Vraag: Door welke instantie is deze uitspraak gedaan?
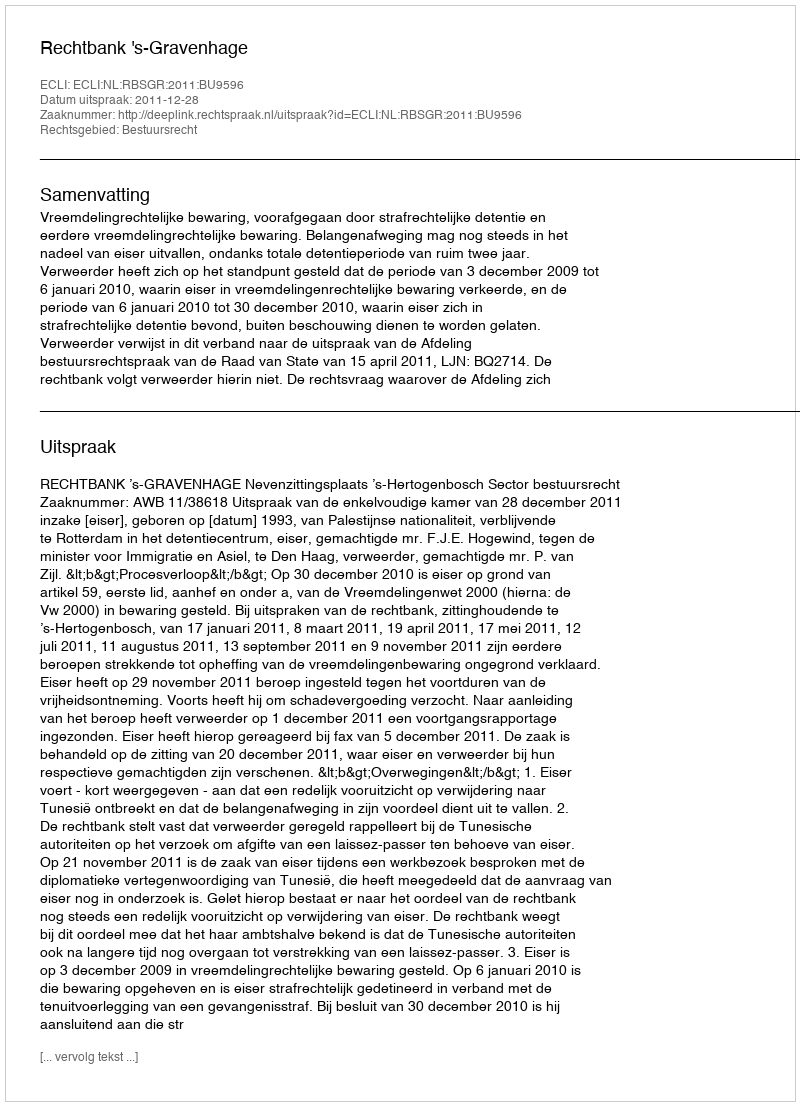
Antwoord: Rechtbank 's-Gravenhage